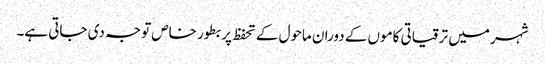
شہر میں ترقیاتی کاموں کے دوران ماحول کے تحفظ پر بطور خاص توجہ دی جاتی ہے۔